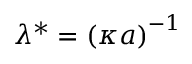
{ { \lambda } ^ { * } } = \left( { \kappa } { a } \right) ^ { - 1 }